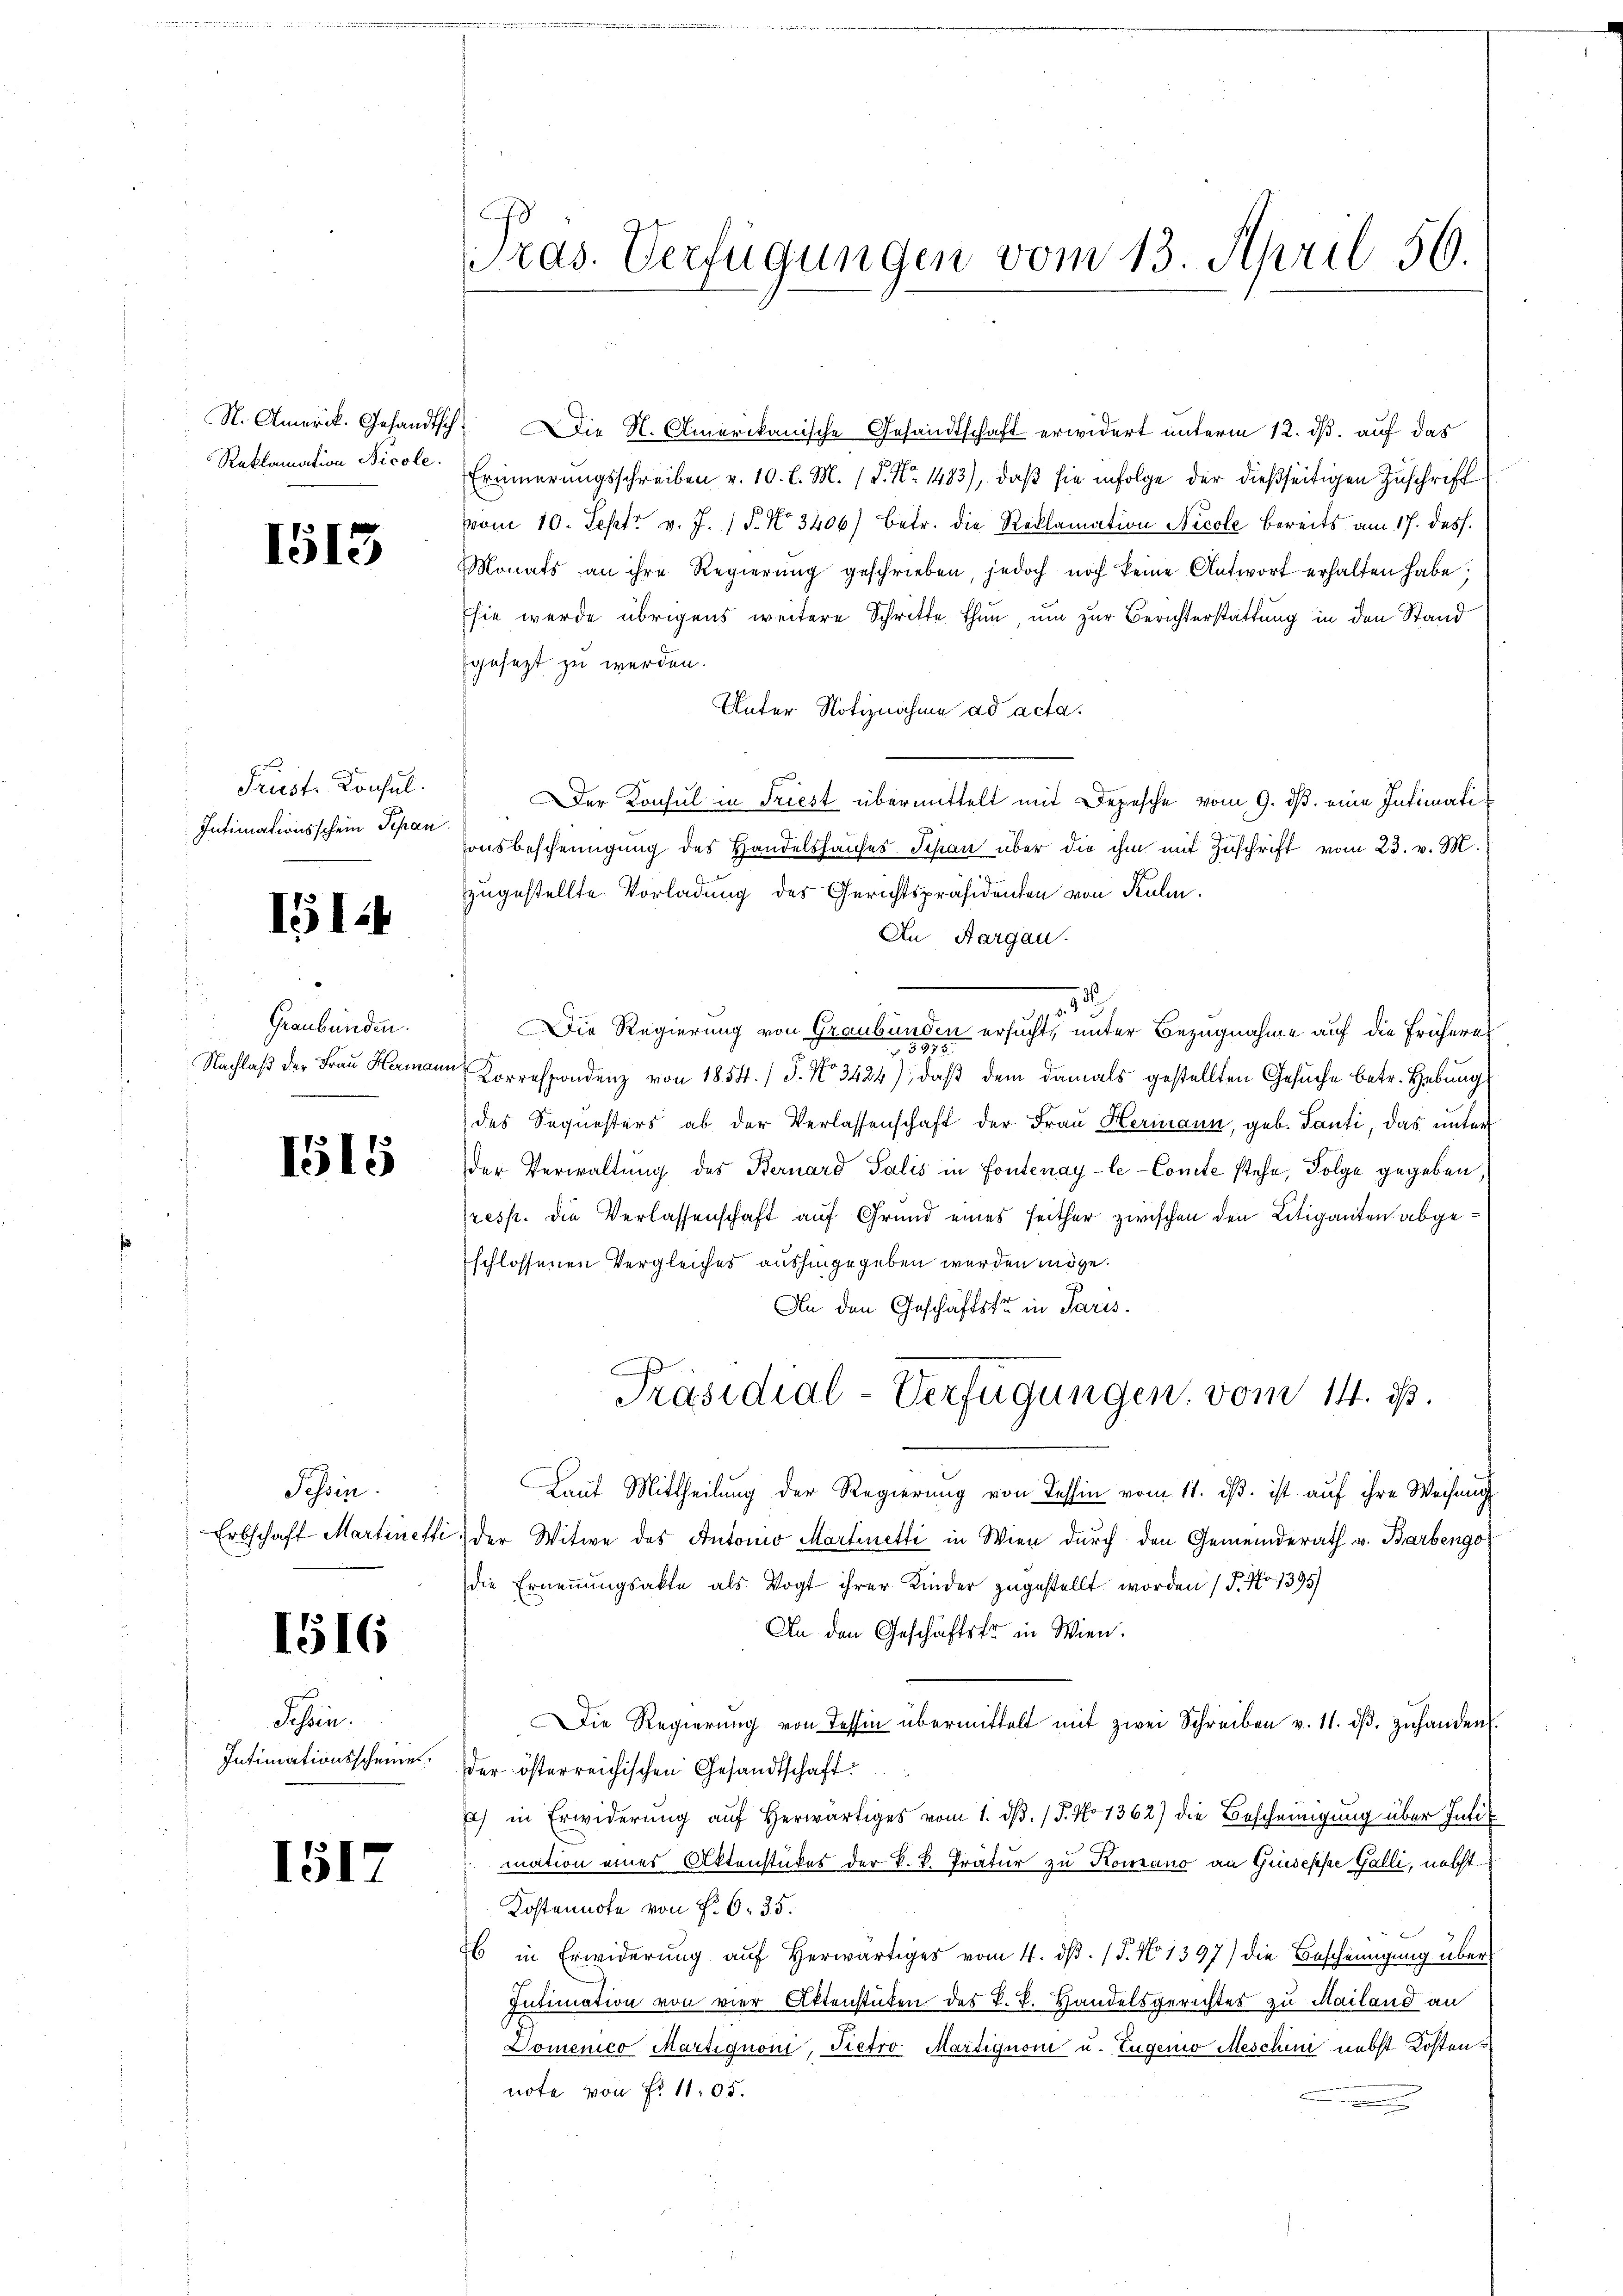
N. Amerik. Gesandtsch
Reklamation Bicole.

1513

Prust. Konsul
Intimationsschein Pepan

IG1.4

Graubünden.
Nachlaß der Frau Hermann

1515

Tessin.
Erbschaft Martinetti

1516

Schein.
Intimationsscheine

1517

ras. Verfügungen vom 13. April 56.

Die N. Amerikanische Gesandtschaft erwidert unterm 12. ds. auf das
Erinnerungsschreiben v. 10. l. M. (S. Nr. 1483), daβ sie infolge der dießseitigen Zuschrift
vom 10. Sept. v. J. P. No 3406) betr. die Reklamation Nicole bereits am 17. dess.
Monats an ihre Regierŭng geschrieben, jedoch noch keine Antwort erhalten habe;
Esie wurde übrigens weitere Schritte thun um zur Berichterstattung in den Stand
gesezt zu werden.
Unter Notiznahme ad acta.
Der Konsul in Triest übermittelt mit Depesche vom 9. ds. eine Intimati¬
Preisbescheinigung des Handelshauses Schon über die ihm mit Zŭschrift vom 23. v. M.
zugestellte Vorladung des Gerichtspräsidenten von Kulm,
An Aargau.
Die Regierung von Graubünden ersucht, unter Bezugnahme auf die frühere
Korrespondenz von 1854.) S. No 3424), daß dem damals gestellten Gesuche betr. Hebung
des Sequesters ab der Verlassenschaft der Frau Hermann, geb. Tanti, das unter
der Verwaltung des Bernard Salis in Fontenay-le- Comte stehe, Folge gegeben
resp. die Verlassenschaft auf Grund eines seither zwischen den Litiganten abgeschlossenen Vergleiches aushingegeben werden möge.
An den Geschäftste in Paris.
Präsidial-Verfügungen vom 14. ds.
Laut Mittheilung der Regierung von Tessin vom 11. ds. ist auf ihre Weisung
der Witwe des Autorio Martinetti in Wien durch den Gemeinderath v. Barbengo
die Ernennungsakte als Vogt ihrer Kinder zugestellt worden (§. No 1395)
An den Geschäftste in Wien.
Die Regierŭng von Tessin übermittelt mit zwei Schreiben v. 11. dβ zŭ handen.
der österreichischen Gesandtschaft
a) in Erwiderung aŭf herwärtiges vom 1. dβ. / P. No 1362) die Bescheinigung über Intimation eines Aktenstückes der k. k. Tratur zu Komano an Giuseppe Galli, nebst
Kostennote von P. O. 35.
6 in Erwiderung auf herwärtiges vom 4. dβ. (T. No 1397) die Bescheinigung über
Intimation von vier Aktenstücken des k. k. Handelsgerichtes zu Mailand an
Domenico Martignoni, Pietro Martignon u. Eugenio Meschini nebst Kostennote von Fr. 1105.

182.